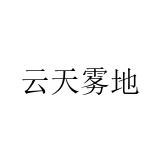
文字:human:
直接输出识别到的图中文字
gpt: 云天雾地